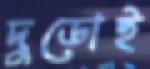
দুডোই